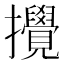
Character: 攪